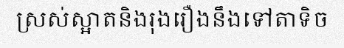
ស្រស់ស្អាតនិងរុងរឿងនឹងទៅតាទិច